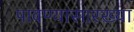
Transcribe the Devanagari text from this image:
पावण्यासारख्या